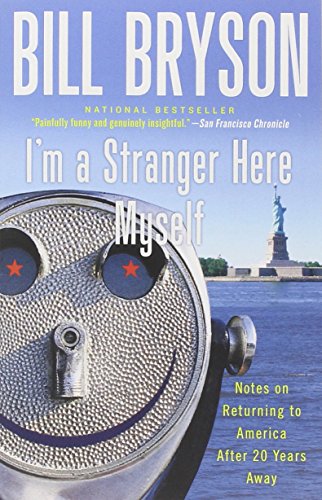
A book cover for I'm a Stranger Here Myself: Notes on Returning to America After 20 Years Away; Bill Bryson; Humor & Entertainment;